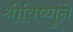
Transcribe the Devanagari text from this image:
श्रीविष्णूंने